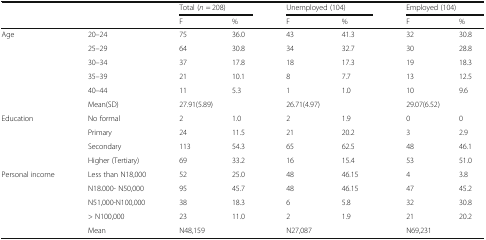
| <ROWSPAN=2>  | <ROWSPAN=2>  | <COLSPAN=2> Total (n = 208) | <COLSPAN=2> Unemployed (104) | <COLSPAN=2> Employed (104) |
 | F | % | F | % | F | % |
 | --- | --- | --- | --- | --- | --- | --- | --- |
 | Age | 20–24 | 75 | 36.0 | 43 | 41.3 | 32 | 30.8 |
 |  | 25–29 | 64 | 30.8 | 34 | 32.7 | 30 | 28.8 |
 |  | 30–34 | 37 | 17.8 | 18 | 17.3 | 19 | 18.3 |
 |  | 35–39 | 21 | 10.1 | 8 | 7.7 | 13 | 12.5 |
 |  | 40–44 | 11 | 5.3 | 1 | 1.0 | 10 | 9.6 |
 |  | Mean(SD) | <COLSPAN=2> 27.91(5.89) | <COLSPAN=2> 26.71(4.97) | <COLSPAN=2> 29.07(6.52) |
 | Education | No formal | 2 | 1.0 | 2 | 1.9 | 0 | 0 |
 |  | Primary | 24 | 11.5 | 21 | 20.2 | 3 | 2.9 |
 |  | Secondary | 113 | 54.3 | 65 | 62.5 | 48 | 46.1 |
 |  | Higher (Tertiary) | 69 | 33.2 | 16 | 15.4 | 53 | 51.0 |
 | <ROWSPAN=2> Personal income | Less than N18,000 | 52 | 25.0 | 48 | 46.15 | 4 | 3.8 |
 | N18.000- N50,000 | 95 | 45.7 | 48 | 46.15 | 47 | 45.2 |
 |  | N51,000-N100,000 | 38 | 18.3 | 6 | 5.8 | 32 | 30.8 |
 |  | > N100,000 | 23 | 11.0 | 2 | 1.9 | 21 | 20.2 |
 |  | Mean | <COLSPAN=2> <strike>N</strike>48,159 | <COLSPAN=2> <strike>N</strike>27,087 | <COLSPAN=2> <strike>N</strike>69,231 |